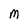
Character: M